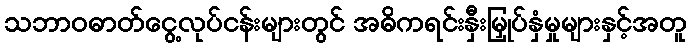
သဘာဝဓာတ်ငွေ့လုပ်ငန်းများတွင် အဓိကရင်းနှီးမြှုပ်နှံမှုများနှင့်အတူ